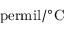
\mathrm { \ p e r m i l / { } ^ { \circ } C }